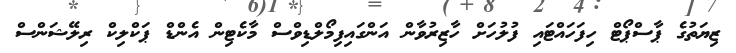
ޒިޔަތުގެ ޕާސްޕޯޓް ހިފަހައްޓައި ފުލުހަށް ހާޒިރުވާން އަންގައިފިމޯލްޑިވްސް މާކެޓިން އެންޑް ޕަކްލިކް ރިލޭޝަންސް